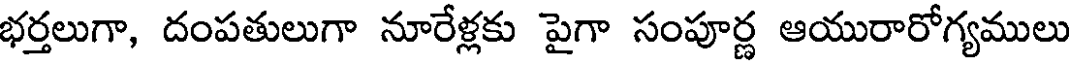
భర్తలుగా, దంపతులుగా నూరేళ్లకు పైగా సంపూర్ణ ఆయురారోగ్యములు